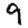
Digit: 9